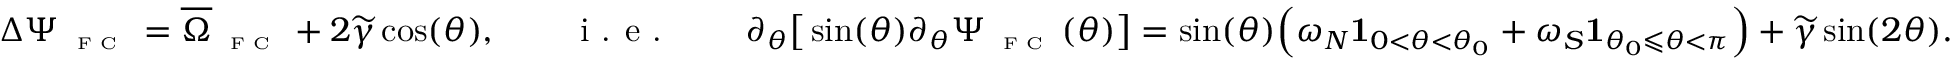
\Delta \Psi _ { \textnormal { \tiny { F C } } } = \overline { { \Omega } } _ { \textnormal { \tiny { F C } } } + 2 \widetilde { \gamma } \cos ( \theta ) , \qquad \textnormal { i . e . } \qquad \partial _ { \theta } \big [ \sin ( \theta ) \partial _ { \theta } \Psi _ { \textnormal { \tiny { F C } } } ( \theta ) \big ] = \sin ( \theta ) \Big ( \omega _ { N } \mathbf { 1 } _ { 0 < \theta < \theta _ { 0 } } + \omega _ { S } \mathbf { 1 } _ { \theta _ { 0 } \leqslant \theta < \pi } \Big ) + \widetilde { \gamma } \sin ( 2 \theta ) .